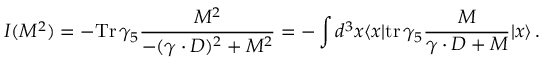
{ \cal I } ( M ^ { 2 } ) = - \mathrm { T r } \, \gamma _ { 5 } { \frac { M ^ { 2 } } { - ( \gamma \cdot D ) ^ { 2 } + M ^ { 2 } } } = - \int d ^ { 3 } x \langle x | \mathrm { t r } \, \gamma _ { 5 } { \frac { M } { \gamma \cdot D + M } } | x \rangle \, .